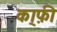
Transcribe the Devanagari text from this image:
का्फ़ी